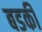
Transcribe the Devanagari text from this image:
बडकी